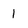
Character: 1